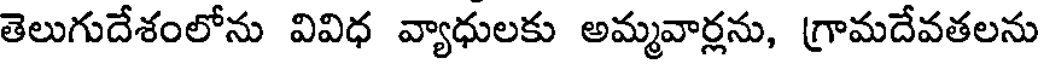
తెలుగుదేశంలోను వివిధ వ్యాధులకు అమ్మవార్లను, గ్రామదేవతలను